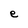
Character: e